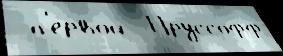
 п'е́рвой  Пруссофф